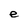
Character: e